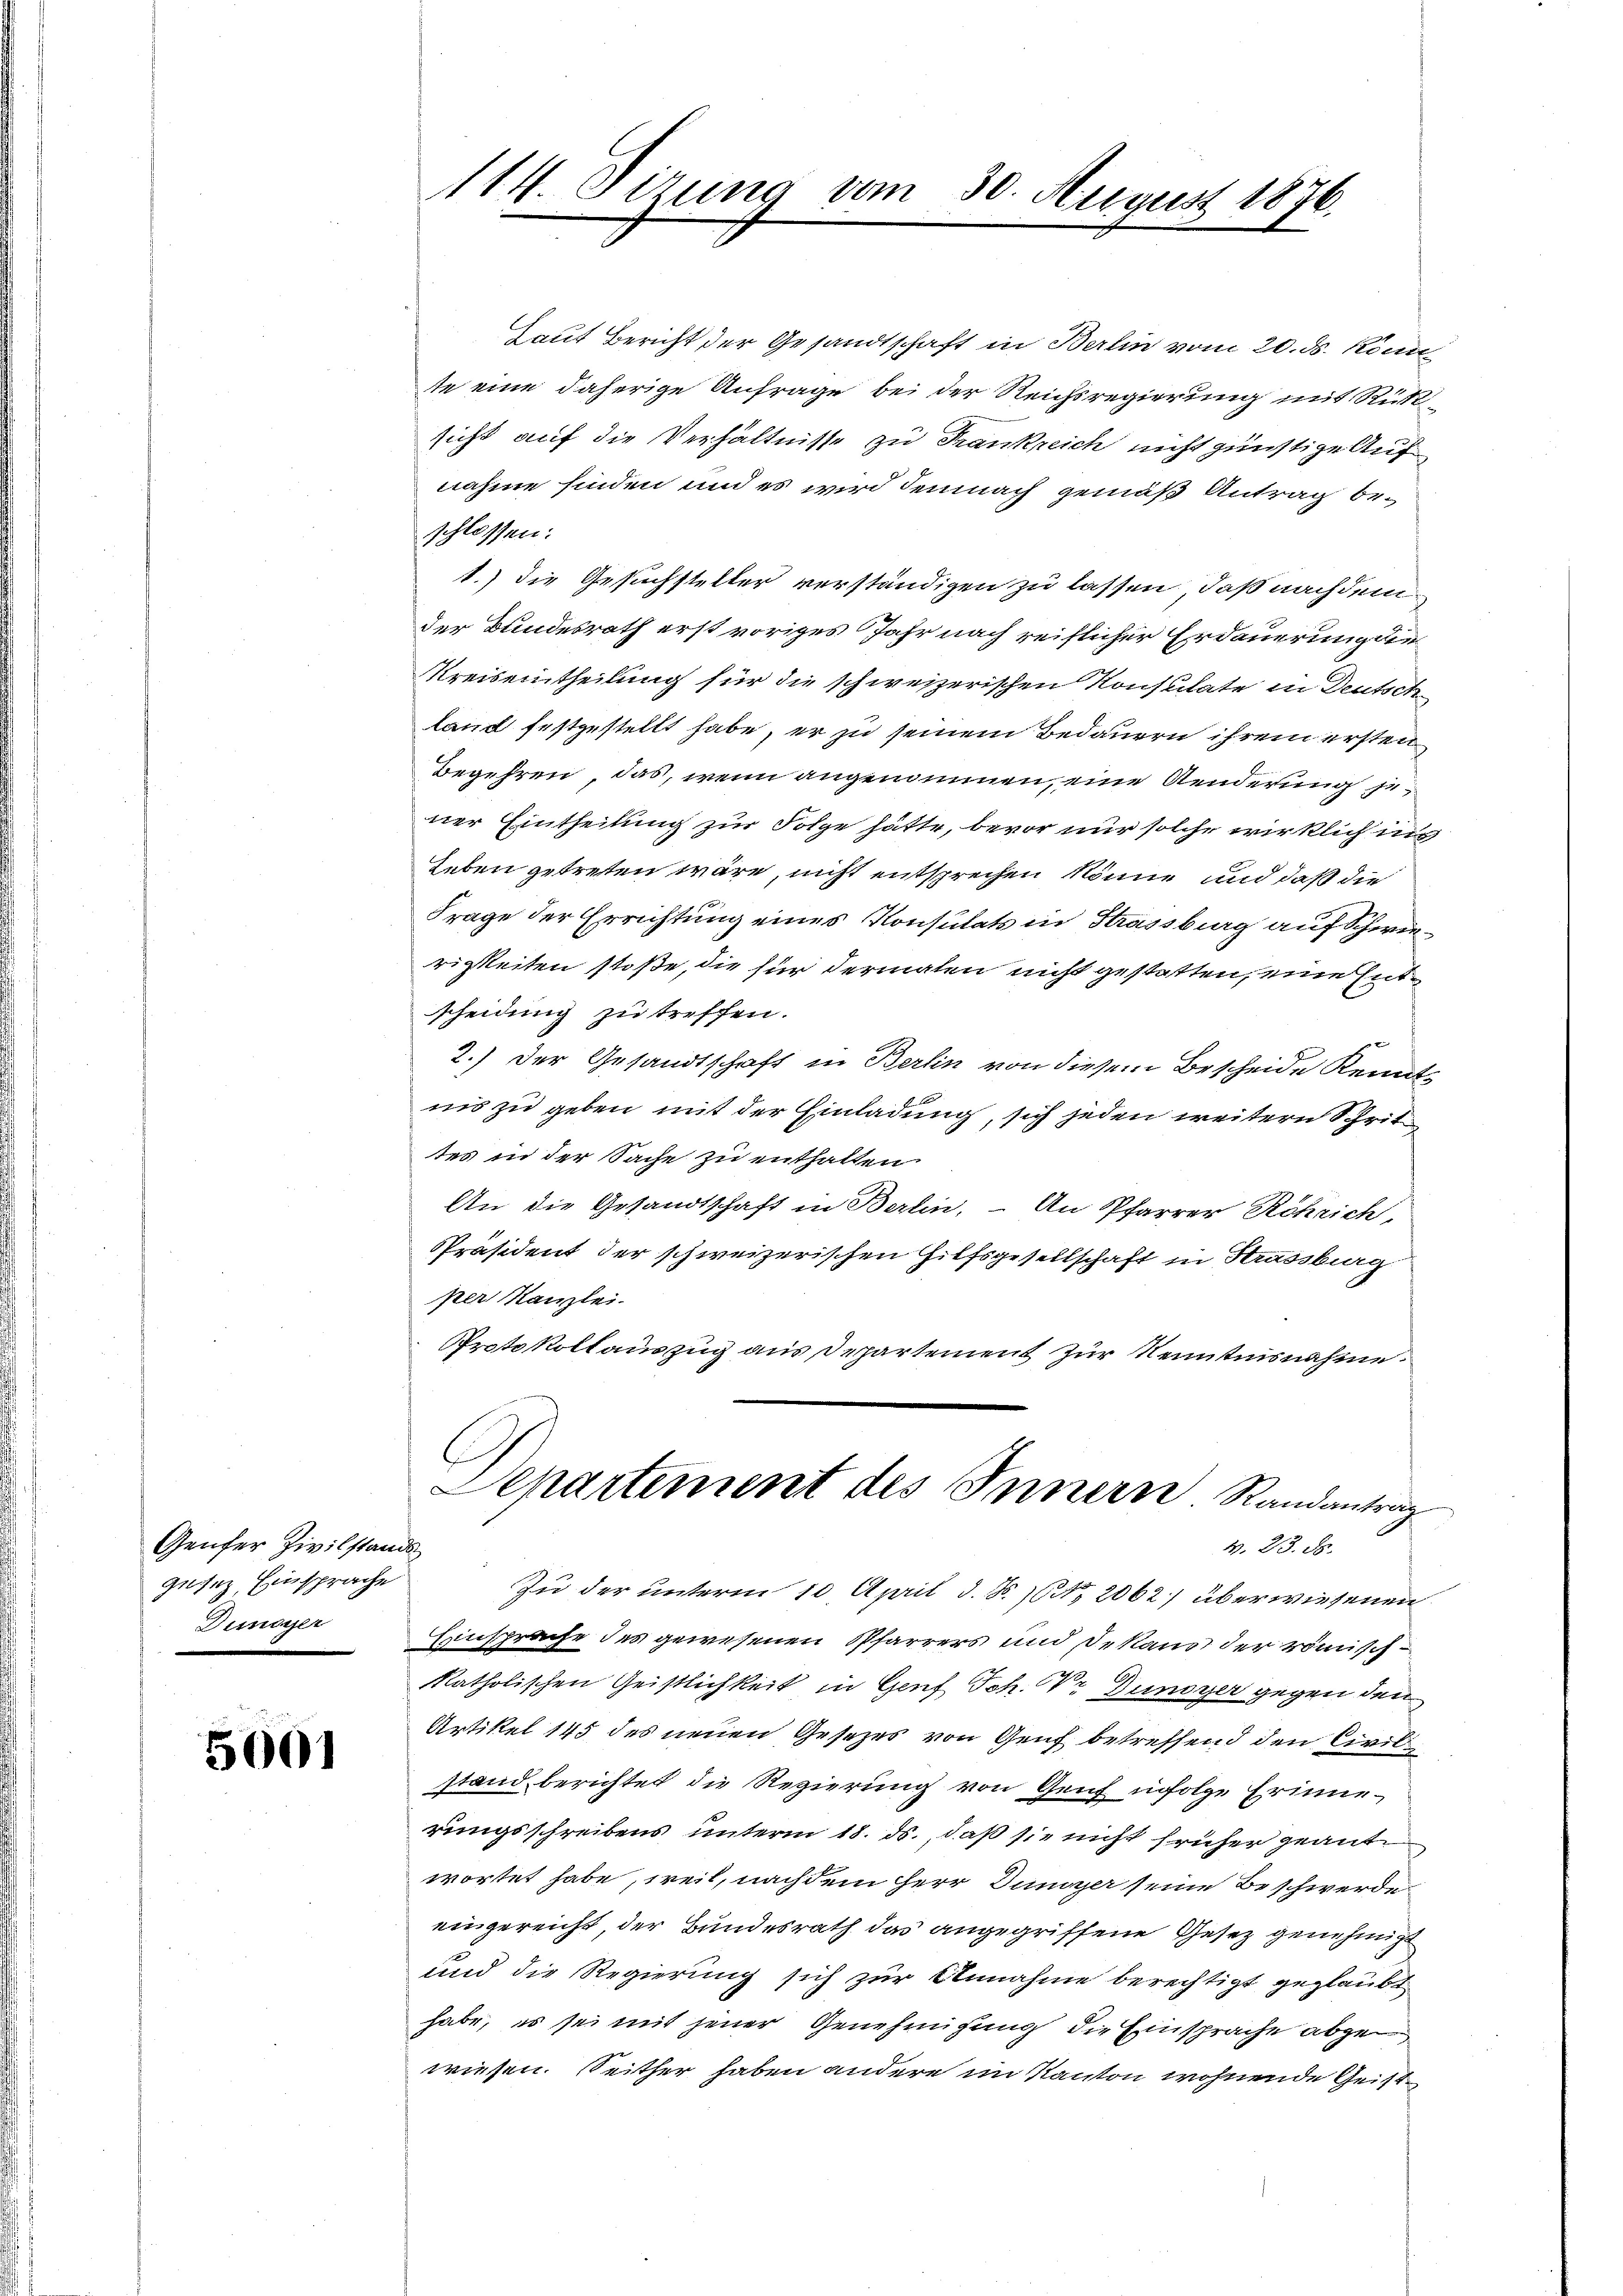
Genfer Zivilstan
gesetz, Einsprache
Dunayer

5001

114 Sizung vom 30. August 1876.

Laut Bericht der Gesandtschaft in Berlin vom 20. ds. Könn
te eine daherige Anfrage bei der Reichsregierung mit Rücksicht auf die Verhältnisse zu Frankreich nicht günstige Aufnahme finden und es wird demnach gemäß Antrag beschlossen:
1.) Die Gesuchsteller verständigen zu lassen, daß nachdem
der Bundesrath erst voriges Jahr nach reiflicher Erdauerung die
Kreiseintheilung für die schweizerischen Konsulate in Deutsch
land festgestellt habe, er zu seinem Bedauern ihrem ersten
Begehren, das, wenn angenommen, eine Aenderung jener Eintheilung zur Folge hätte, bevor nur solche wirklich nic
Leben getreten wäre, nicht entsprechen könne, und daß die
Frage der Errichtung eines Konsulats in Strassburg auf Schwierigkeiten stoße, die für dermalen nicht gestatten, eine Entscheidung zu treffen.
2.) Der Gesandtschaft in Berlin von diesem Bescheide Kennt-
nis zu geben mit der Einladung, sich jeden weitern Schrit
tes in der Sache zu enthalten.
An die Gesandtschaft in Berlin, – An Pfarrer Röhrich,
Präsident der schweizerischen Hilfsgesellschaft in Strassburg
per Kanzlei.
Protokollauszug aus Departement zur Kenntnisnahme
Departement des Innern Randantrag
M. 23. 58.
s
Zŭ der unterm 10. April d. d. 16. 2062) überwiesenen
Einsprache des gewesenen Pfarrers und Dekans der römisch
katholischen Geistlichkeit in Genf Joh. Vr Dunoyer gegen den
Artikel 145 des neuen Gesetzes von Genf betreffend den Civilstand berichtet die Regierung von Genf infolge Erinnerungsschreibens unterm 18. ds., daß sie nicht früher geant
wortet habe, weil, nachdem Herr Dünger seine Beschwerdeeingereicht, der Bundesrath das angegriffene Gesetz genehmigt
und die Regierung sich zur Annahme berechtigt geglaubt
habe, es sei mit jener Genehmigung die Einsprache abgewiesen. Seither haben andere im Kanton wohnende Geist